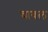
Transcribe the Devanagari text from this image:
चाबल